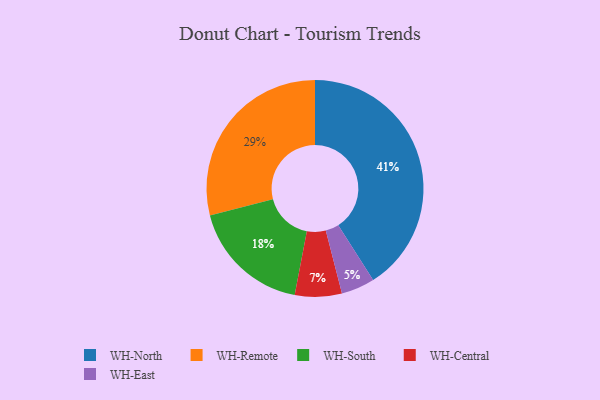
{"axis": {"x": "Category", "y": "Percentage"}, "legend": ["WH-Central", "WH-East", "WH-North", "WH-Remote", "WH-South"], "data": [{"x": "WH-Remote", "y": 29, "type": "WH-Remote"}, {"x": "WH-South", "y": 18, "type": "WH-South"}, {"x": "WH-Central", "y": 7, "type": "WH-Central"}, {"x": "WH-East", "y": 5, "type": "WH-East"}, {"x": "WH-North", "y": 41, "type": "WH-North"}]}